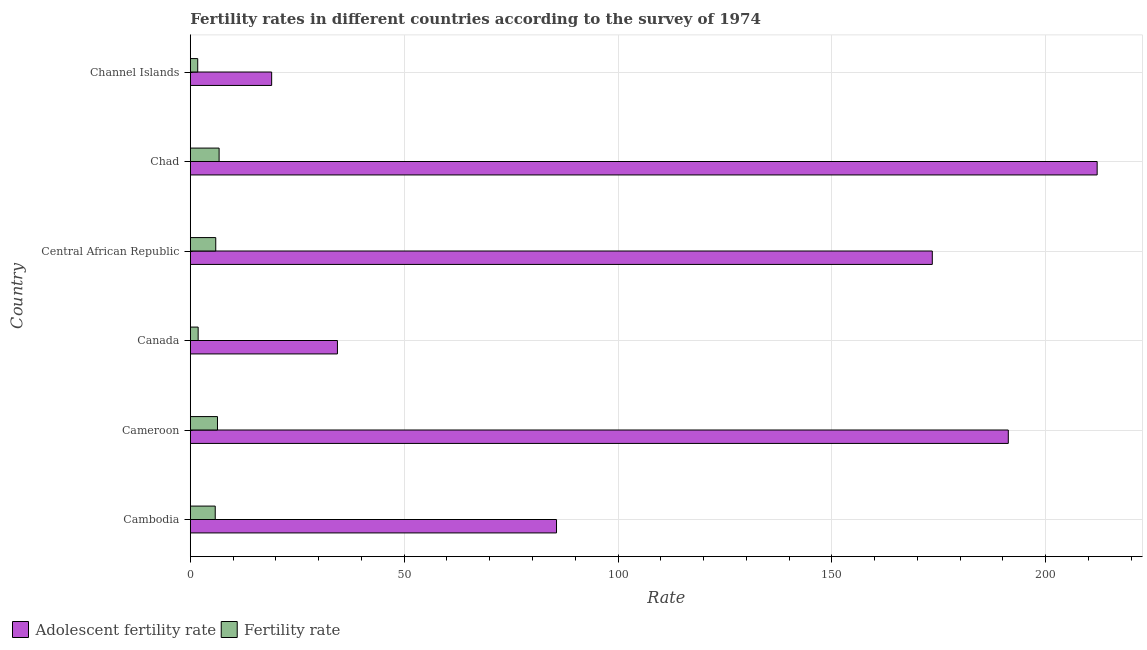
| Country | Adolescent fertility rate | Fertility rate |
 | --- | --- | --- |
 | Cambodia | 85.6 | 5.83 |
 | Cameroon | 191 | 6.36 |
 | Canada | 34.4 | 1.84 |
 | Central African Republic | 173 | 5.95 |
 | Chad | 212 | 6.74 |
 | Channel Islands | 19 | 1.74 |